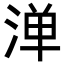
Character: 𬈁